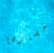
إحضارها